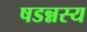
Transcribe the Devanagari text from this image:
षडन्नस्य